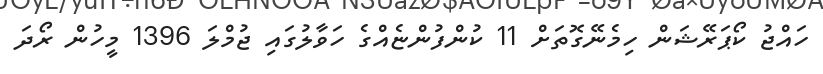
ހައްޖު ކޯޕަރޭޝަން ހިމެނޭގޮތަށް 11 ކުންފުންޏެއްގެ ހަވާލުގައި ޖުމްލަ 1396 މީހުން ރޯދަ